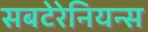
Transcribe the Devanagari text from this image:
सबटेरेनियन्स